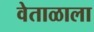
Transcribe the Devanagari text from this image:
वेताळाला